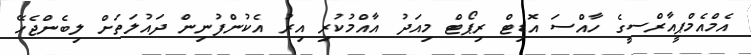
އެމްއެމްޕީއާރްސީގެ ހާއްސަ އޮޑިޓް ރިޕޯޓް މިއަދު އާއްމުކުރި އިރު އެކުންފުނިން ދައުލަތަށް ލިބެންޖެހޭ